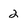
Character: 2